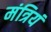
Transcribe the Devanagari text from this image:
मंत्रियं